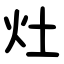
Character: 灶